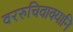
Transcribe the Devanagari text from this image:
वररुचिवाक्यानि